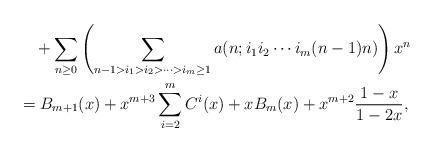
LaTeX: \begin{align*}&\quad+\sum_{n\geq0}\left(\sum_{n-1>i_1>i_2>\cdots>i_{m}\geq1}a(n;i_1i_2\cdots i_m(n-1)n)\right)x^n\qquad\\&=B_{m+1}(x)+x^{m+3}\sum_{i=2}^mC^i(x)+xB_m(x)+x^{m+2}\frac{1-x}{1-2x},\end{align*}